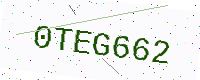
Text: 0TEG662